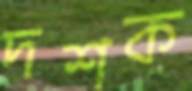
দশক